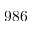
9 8 6